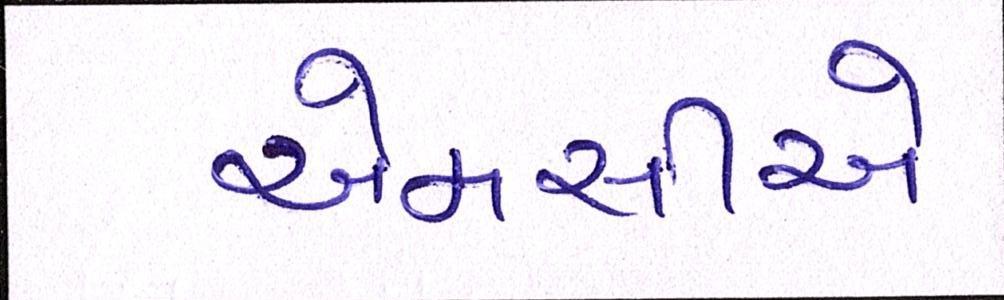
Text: એમસીએ